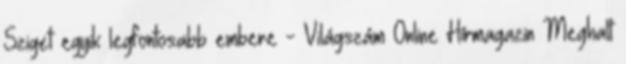
Sziget egyik legfontosabb embere - Világszám Online Hírmagazin Meghalt